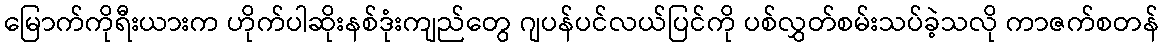
မြောက်ကိုရီးယားက ဟိုက်ပါဆိုးနစ်ဒုံးကျည်တွေ ဂျပန်ပင်လယ်ပြင်ကို ပစ်လွှတ်စမ်းသပ်ခဲ့သလို ကာဇက်စတန်